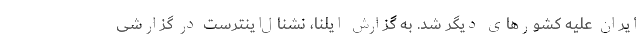
ایران علیه کشورهای دیگر شد. به گزارش ایلنا، نشنال‌اینترست در گزارشی